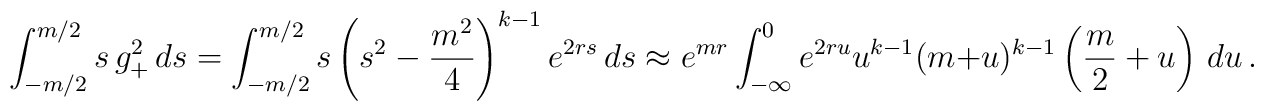
\int_{-m/2}^{m/2}{s\,g_+^2\,ds}=\int_{-m/2}^{m/2}{s\left(s^2-\frac{m^2}{4}\right)^{k-1}e^{2rs}\,ds}\approx e^{mr} \int_{-\infty}^0 e^{2ru} u^{k-1} (m+u)^{k-1}     \left({m\over 2} + u\right) \, du  \, .